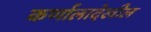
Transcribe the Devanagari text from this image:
कर्णालादेखील